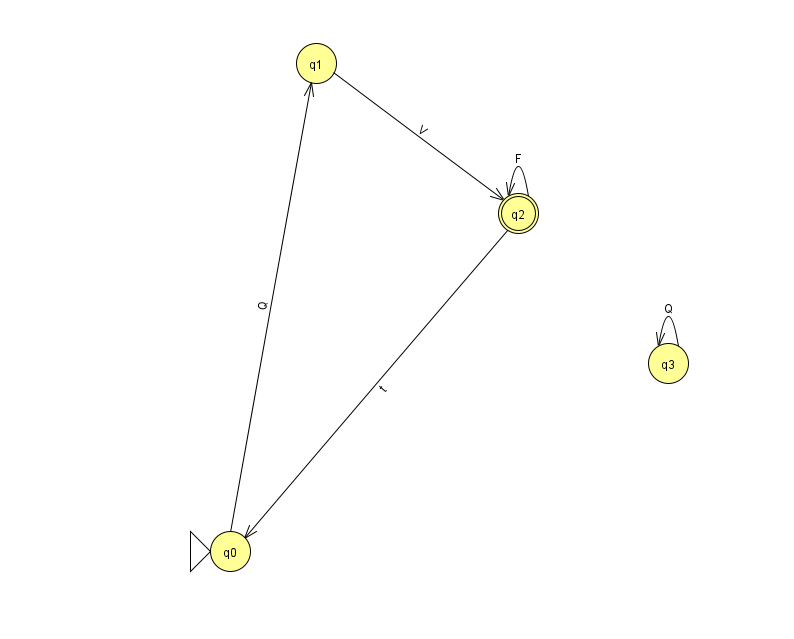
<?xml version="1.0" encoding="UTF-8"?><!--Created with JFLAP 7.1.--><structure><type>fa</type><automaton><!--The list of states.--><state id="0" name="q0"><x>230.0</x><y>538.0</y><initial/></state><state id="1" name="q1"><x>316.0</x><y>50.0</y></state><state id="2" name="q2"><x>518.0</x><y>200.0</y><final/></state><state id="3" name="q3"><x>668.0</x><y>350.0</y></state><!--The list of transitions.--><transition><from>3</from><to>3</to><read>Q</read></transition><transition><from>2</from><to>0</to><read>t</read></transition><transition><from>2</from><to>2</to><read>F</read></transition><transition><from>1</from><to>2</to><read>V</read></transition><transition><from>0</from><to>1</to><read>Q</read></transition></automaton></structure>